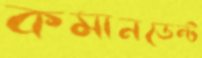
কমানডেন্ট